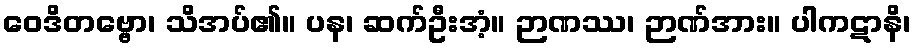
ဝေဒိတဗ္ဗော၊ သိအပ်၏။ ပန၊ ဆက်ဦးအံ့။ ဉာဏဿ၊ ဉာဏ်အား။ ပါကဋာနိ၊